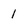
Character: 1